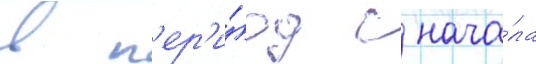
в п'ер'и́од с нача́ла